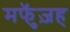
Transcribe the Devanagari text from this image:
मफुॅज़ह